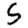
Digit: 5